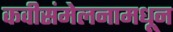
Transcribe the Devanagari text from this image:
कवीसंमेलनामधून